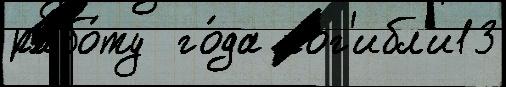
рабо́ту  го́да пог'ибл'и13